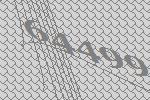
64499